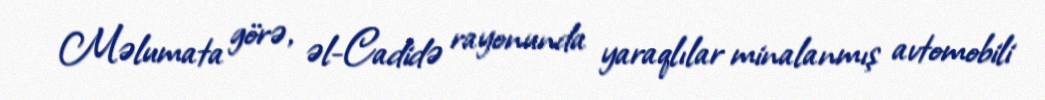
Məlumata görə, əl-Cadidə rayonunda yaraqlılar minalanmış avtomobili